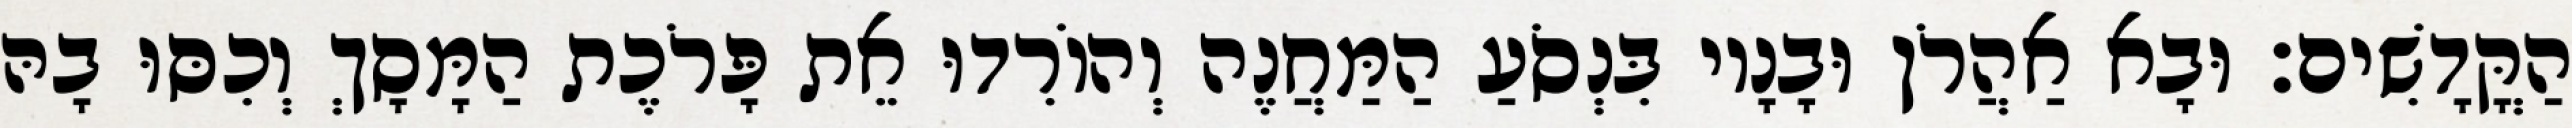
הַקֳּדָשִׁים׃ וּבָא אַהֲרֹן וּבָנָיו בִּנְסֹעַ הַמַּחֲנֶה וְהוֹרִדוּ אֵת פָּרֹכֶת הַמָּסָךְ וְכִסּוּ בָהּ